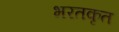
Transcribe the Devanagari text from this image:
भरतकृत